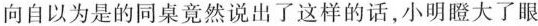
向自以为是的同桌竟然说出了这样的话，小明瞪大了眼